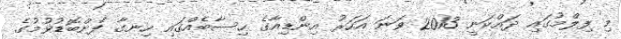
މި ފިލްމުގައި ދައްކަނީ 2013 ވަނަ އަހަރު އިންޑިއާގެ ހިސާބެއްގައި ހިނގާ ފެންބޮޑުވުމުގެ